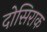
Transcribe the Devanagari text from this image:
दोसिराक